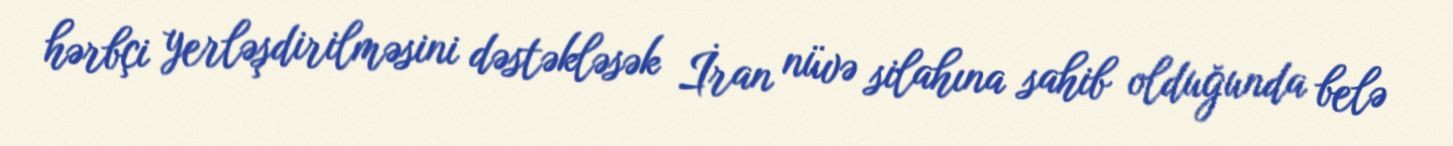
hərbçi yerləşdirilməsini dəstəkləsək İran nüvə silahına sahib olduğunda belə